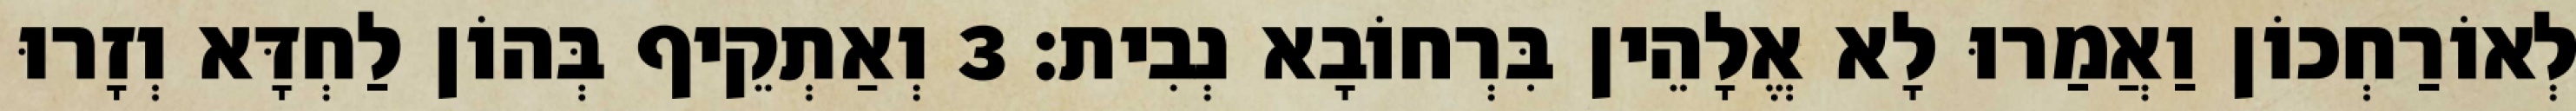
לְאוֹרַחְכוֹן וַאֲמַרוּ לָא אֱלָהֵין בִּרְחוֹבָא נְבִית׃ 3 וְאַתְקֵיף בְּהוֹן לַחְדָּא וְזָרוּ